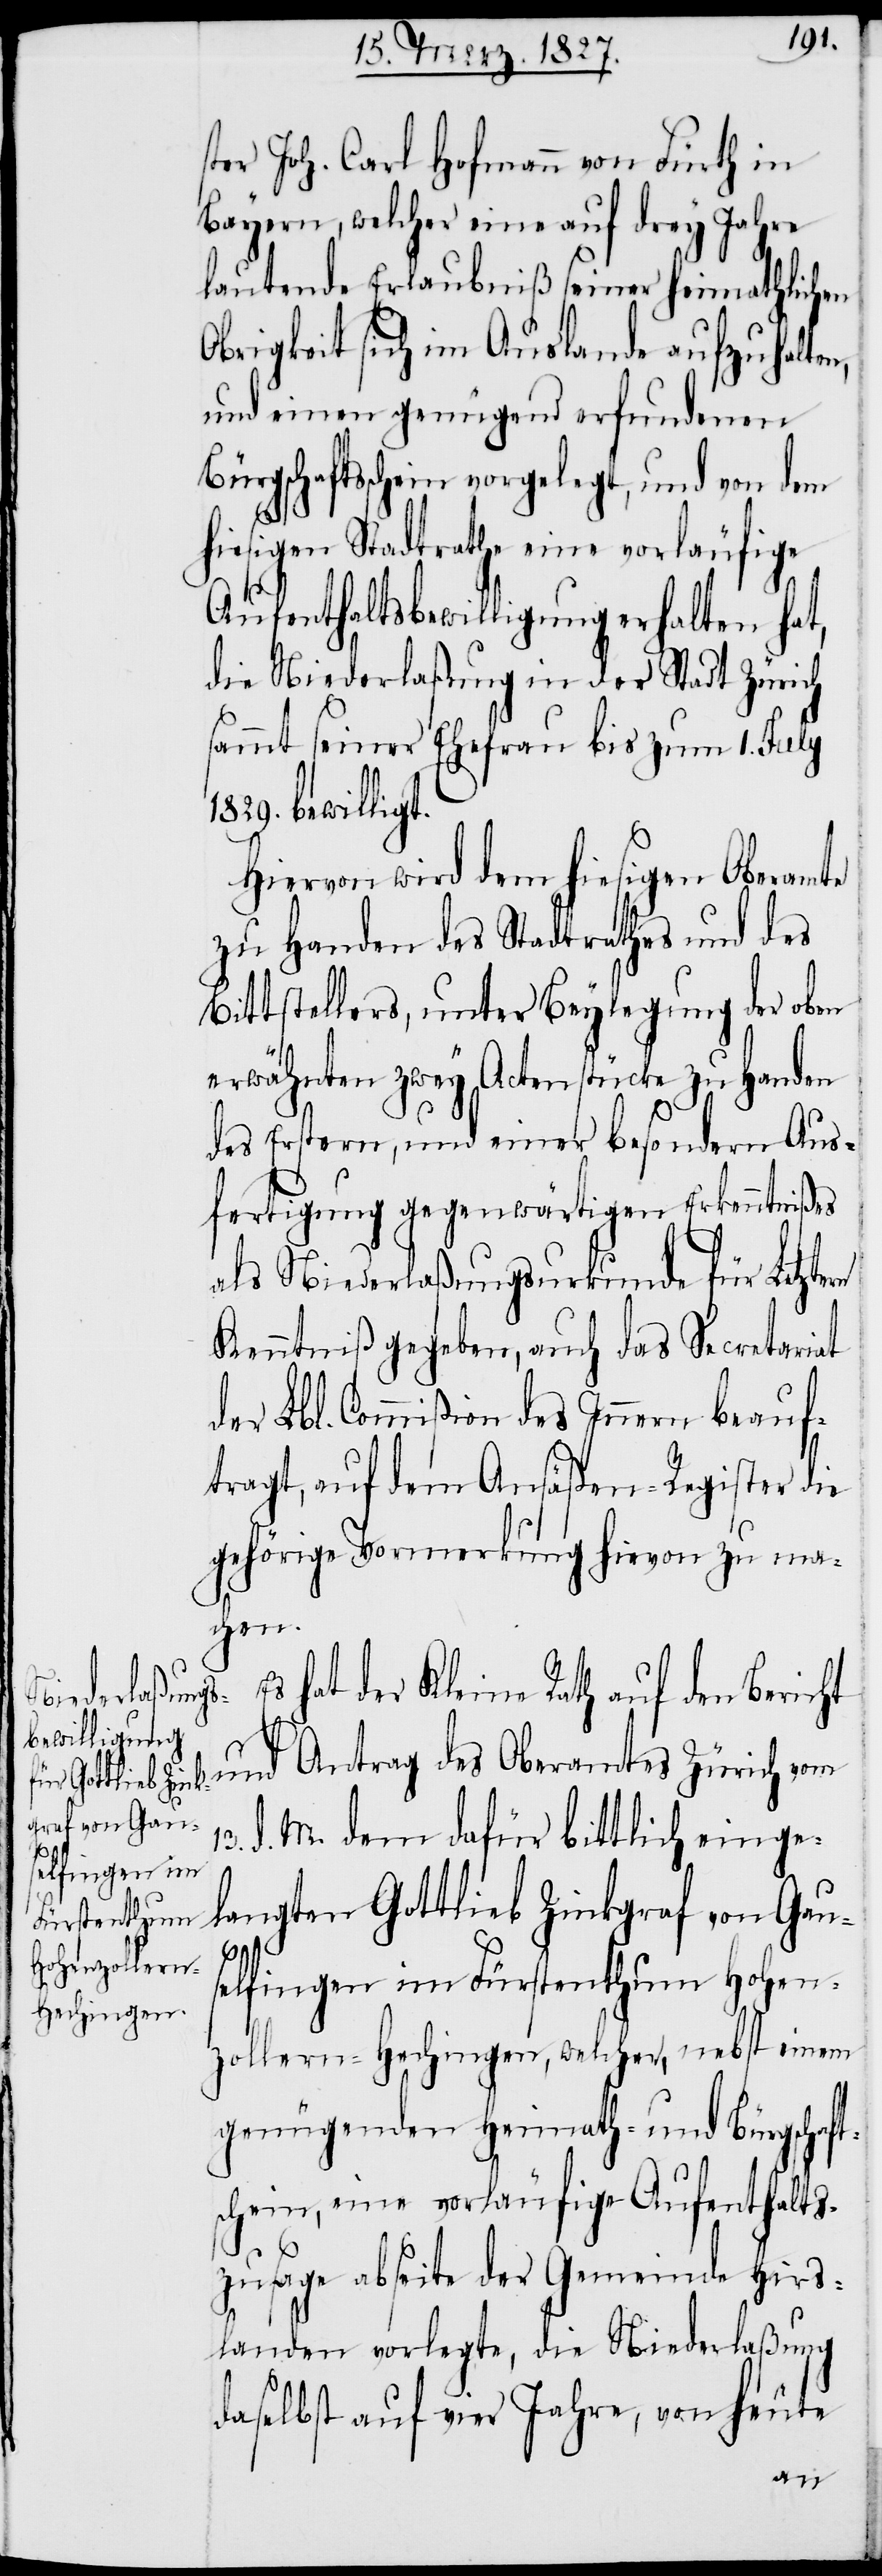
13.
ster Joh. Carl Hofmann von Fürth in
Bayern, welcher eine auf drey Jahre
lautende Erlaubniß seiner heimathlichen
Obrigkeit sich im Auslande aufzuhalten,
und einen genügend erfundenen
Bürgschaftsschein vorgelegt, und von dem
hiesigen Stadtrathe eine vorläufige
Aufenthaltsbewilligung erhalten hat,
die Niederlaßung in der Stadt Zürich
sammt seiner Ehefrau bis zum 2. July
1829. bewilligt.
Hiervon wird dem hiesigen Oberamte
zu Handen des Stadtrathes und des
Bittstellers, unter Beylegung der oben
erwähnten zwey Actenstücke zu Handen
des Erstern, und einer besondern Aus¬
fertigung gegenwärtien Erkenntnißes
als Niederlaßungsurkunde für Letzte¬
Kenntniß gegeben, auch das Secretariat
der Lbl. Commißion des Innern beauf¬
tragt, auf dem Ansäßen-Register die
gehörige Vormerkung hievon zu ma¬
chen.
hat der Kleine Rath auf den Bericht
und Antrag des Oberamtes Zürich vom
d. M. dem dafür bittlich einge¬
langten Gottlieb Zinkgraf von Gau¬
selfingen im Fürstenthum Hohen¬
zollern-Hechingen, welcher, nebst einem
genügenden Heimath- und Bürgschaft¬
schein, eine vorläufige Aufenthalts¬
zusage abseite der Gemeinde Hirs¬
landen vorlegte, die Niederlaßung
daselbst auf vier Jahre, von heute
s¬